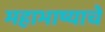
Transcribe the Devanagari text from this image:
महाभाष्याचे